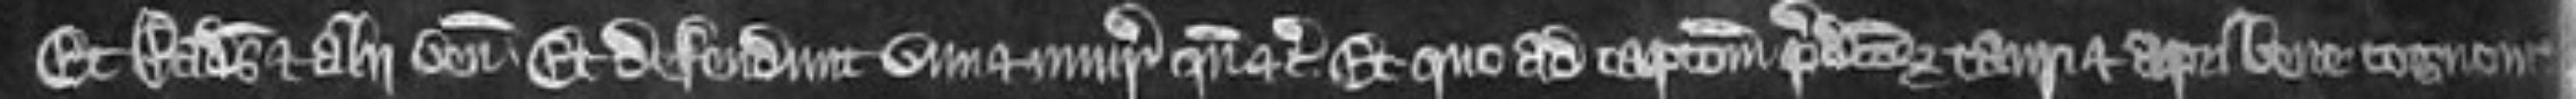
Et Radulfus et alii veniunt. Et defendunt vim et injuriam quando etc. Et quo ad capcionem predictorum tauri et apri bene cognovit